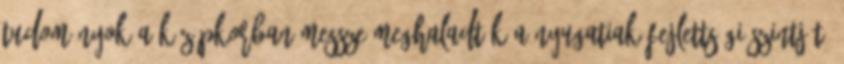
tudományok a középkorban messze meghaladták a nyugatiak fejlettségi szintjét,